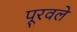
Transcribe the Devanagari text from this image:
पूरवले